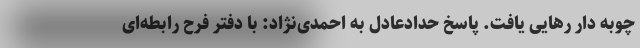
چوبه دار رهایی یافت. پاسخ حدادعادل به احمدی‌نژاد: با دفتر فرح رابطه‌ای